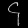
Digit: ၄